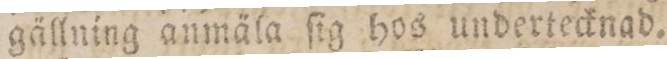
gällning anmäla ſig hos undertecknad.